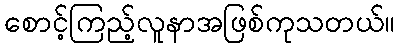
စောင့်ကြည့်လူနာအဖြစ်ကုသတယ်။